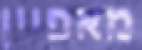
מאפיין